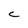
Character: c